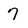
Character: 7